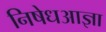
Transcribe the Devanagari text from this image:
निषेधआज्ञा